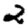
Digit: 2